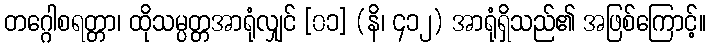
တဂ္ဂေါစရတ္တာ၊ ထိုသမ္ပတ္တအာရုံလျှင် [၀၁] (နိ၊ ၄၁၂) အာရုံရှိသည်၏ အဖြစ်ကြောင့်။